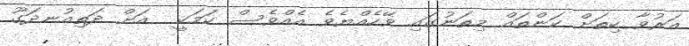
އަރުވާ ކިތަށް ކަންތައް މިތަނުގައި ވޭހެއްޔެވެ އެއްވެސް ކަމަކީ  އަށް ދަތިއުނދަގޫ